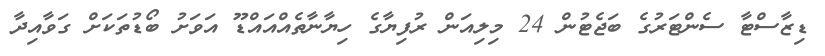
ޑިޒާސްޓާ ސެންޓަރުގެ ބަޖެޓުން 24 މިލިއަން ރުފިޔާގެ ހިޔާނާތެއްއައްޑޫ އަވަށު ބޯޑުތަކަށް ގަވާއިދާ